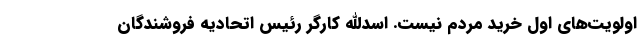
اولویت‌های اول خرید مردم نیست. اسدالله کارگر رئیس اتحادیه فروشندگان